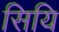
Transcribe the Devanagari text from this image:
सियि